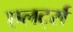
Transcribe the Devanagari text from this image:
एलर्ट्स